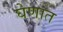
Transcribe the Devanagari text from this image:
घेणात